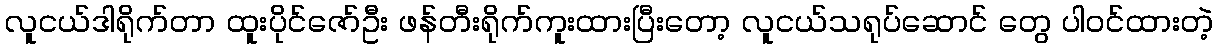
လူငယ်ဒါရိုက်တာ ထူးပိုင်ဇော်ဦး ဖန်တီးရိုက်ကူးထားပြီးတော့ လူငယ်သရုပ်ဆောင် တွေ ပါဝင်ထားတဲ့